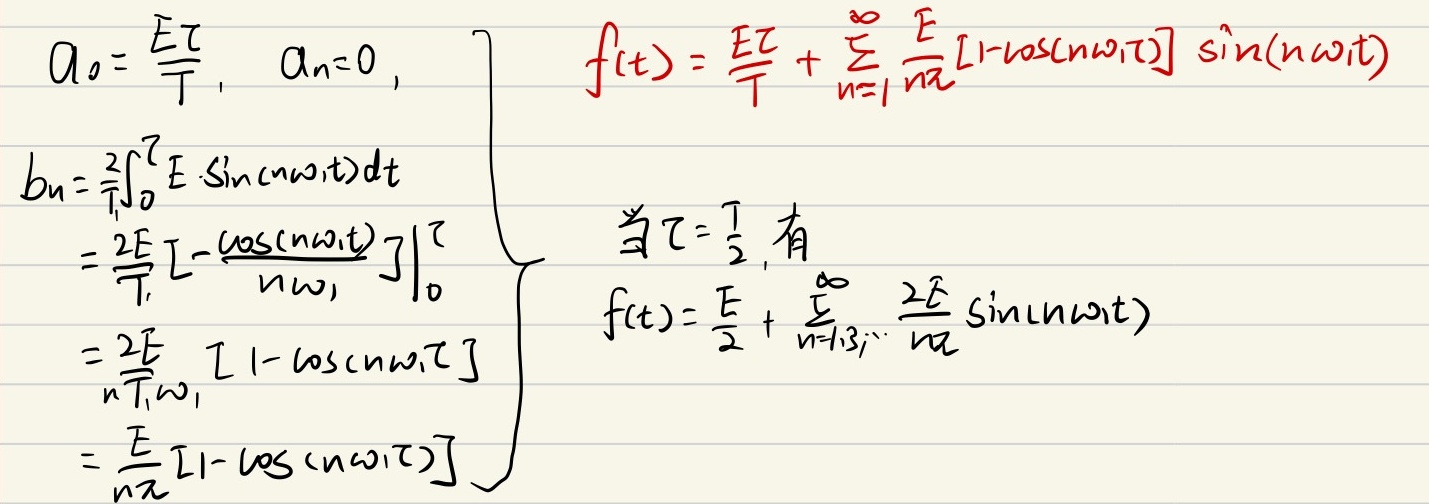
当\(\tau = \frac{T}{2}\)时，有
\[\begin{cases}
a_{0}=\frac{E\tau}{T},& a_{n}=0,\\
b_{n}=\frac{2}{T}\int_{0}^{\tau}E\sin(n\omega_{1}t)dt& \\
\ \ \ \ \ \ =\frac{2E}{T}\left[\frac{-\cos(n\omega_{1}t)}{n\omega_{1}}\right]\big|_{0}^{\tau}& \\
\ \ \ \ \ \ =\frac{2E}{nT\omega_{1}}[1 - \cos(n\omega_{1}\tau)]& \\
\ \ \ \ \ \ =\frac{E}{n\pi}[1 - \cos(n\omega_{1}\tau)]&
\end{cases}\]
\[\begin{cases}
f(t)=\frac{E\tau}{T}+\sum_{n = 1}^{\infty}\frac{E}{n\pi}[1 - \cos(n\omega_{1}\tau)]\sin(n\omega_{1}t)\\
f(t)=\frac{E}{2}+\sum_{n = 1,3,\cdots}^{\infty}\frac{2E}{n\pi}\sin(n\omega_{1}t)
\end{cases}\]